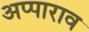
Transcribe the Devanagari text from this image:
अप्पाराव